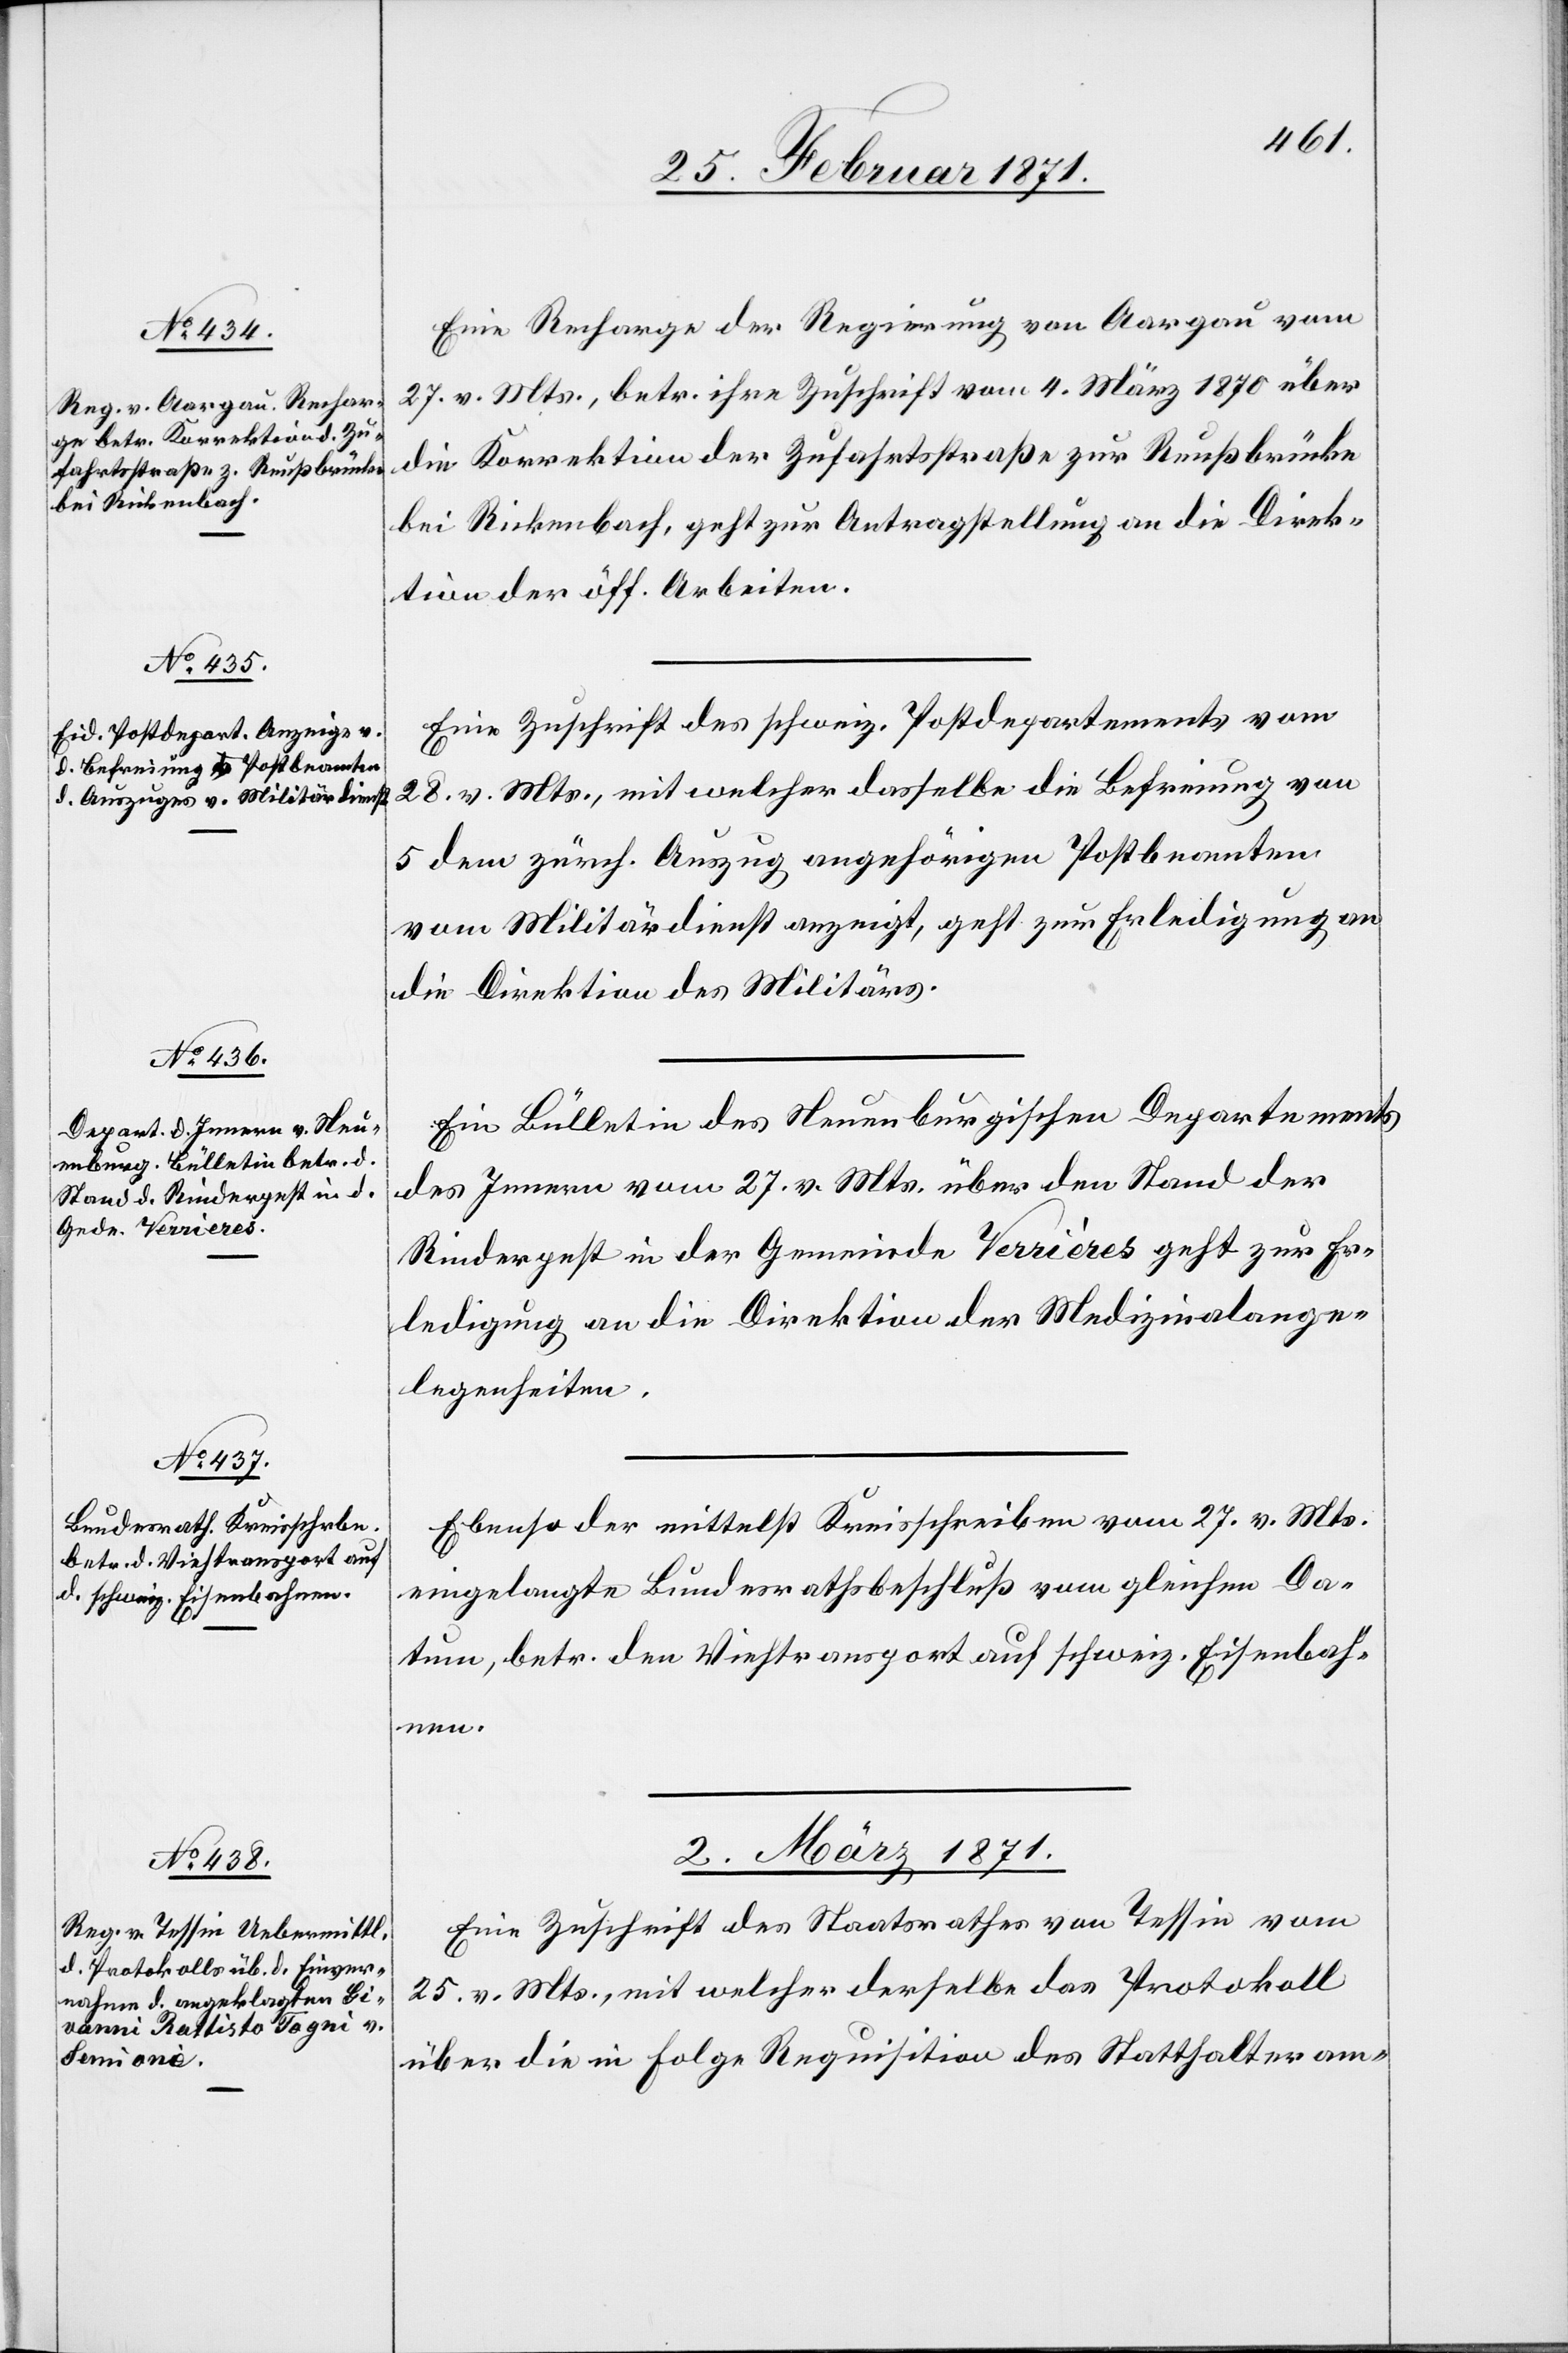
Eine Recharge der Regierung von Aargau vom
27. v. Mts., betr. ihre Zuschrift vom 4. März 1870 über
die Korrektion der Zufahrtsstraße zur Reußbrücke
bei Rickenbach, geht zur Antragstellung an die Direk¬
tion der öff. Arbeiten.
Eine Zuschrift des schweiz. Postdepartements vom
28. v. Mts., mit welcher dasselbe die Befreiung von
5 dem zürch. Auszug angehörigen Postbeamten
vom Militärdienst anzeigt, geht zur Erledigung an
die Direktion des Militärs.
Ein Bulletin des Neuenburgischen Departements
des Innern vom 27. v. Mts. über den Stand der
Rinderpest in der Gemeinde Verrières geht zur Er¬
ledigung an die Direktion der Medizinalange¬
legenheiten.
Ebenso der mittelst Kreisschreiben vom 27. v. Mts.
eingelangte Bundesrathsbeschluß vom gleichen Da¬
tum, betr. den Viehtransport auf schweiz. Eisenbah¬
nen.
02. März 1871.
Eine Zuschrift des Staatsrathes von Tessin vom
25. v. Mts., mit welcher derselbe das Protokoll
über die in Folge Requisition des Statthalteram-